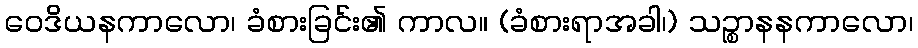
ဝေဒိယနကာလော၊ ခံစားခြင်း၏ ကာလ။ (ခံစားရာအခါ၊) သဉ္စာနနကာလော၊